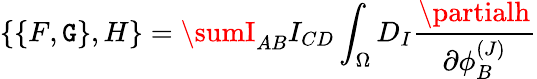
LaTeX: \{ \{ F,\mathtt{G}\} ,H\} =\sumI_{AB}I_{CD}\int_{\Omega}D_{I}{\frac{{\partialh}}{{\partial\phi_{B}^{(J)}}}}